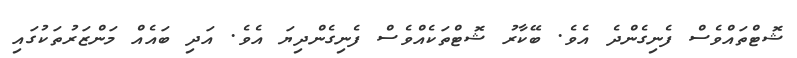
ޝޮޓްތައްވެސް ފެނިގެންދެ އެވެ. ބޭކާރު ޝޮޓްތަކެއްވެސް ފެނިގެންދިޔަ އެވެ. އަދި ބައެއް މަންޒަރުތަކުގައި